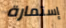
إستمارة